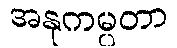
အနုကမ္ပတာ